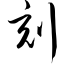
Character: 刻